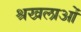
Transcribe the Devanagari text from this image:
श्रखलाओं